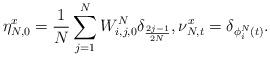
LaTeX: \begin{align*} \eta^{x}_{N,0}=\frac{1}{N}\sum_{j=1}^NW_{i,j,0}^N\delta_{\frac{2j-1}{2N}},\nu_{N,t}^{x}=\delta_{\phi_i^N(t)}.\end{align*}